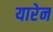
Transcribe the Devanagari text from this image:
यारेन